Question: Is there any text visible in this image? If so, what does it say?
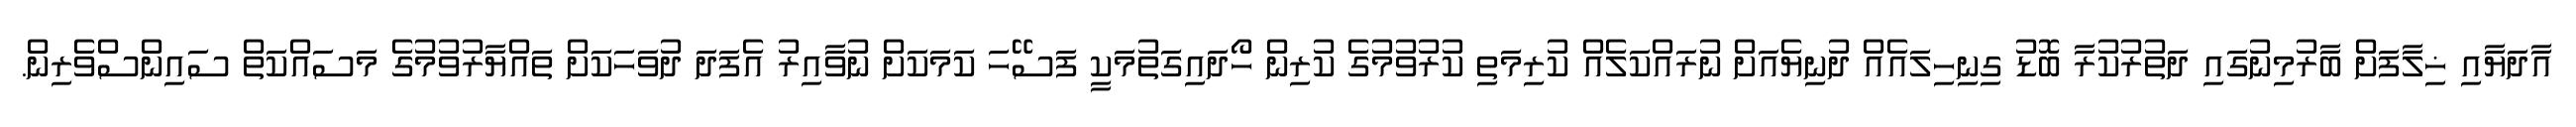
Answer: އާދަޔާއި ޚިލާފަށް ބާރުމިނުގައި ދަތުރުކުރާ ބޮޑު ގިނިހިލައެއް ދުނިޔެއަށް ނުރައްކަލެއް ކުރިމަތި ކުރުވުމުގެ ކުރިން ހޯދައިގަތުމަކީ ފަސޭހަ ކަމަކަށް ނުވާއިރު އެފަދަ ދުވަހަކަށް ތައްޔާރުވުމުގެ މަސައްކަތް ސައިންސްވެރިން.